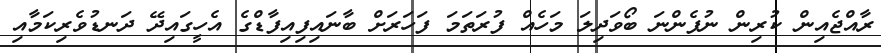
ރާއްޖެއިން ކުރިން ނުފެންނަ ބޯވަދިލަ މަހެއް ފުރަތަމަ ފަހަރަށް ބާނައިފިއިފާޑްގެ އެހީގައިދޭ ދަނޑުވެރިކަމާއި